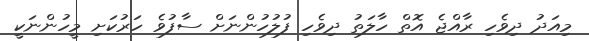
މިއަދު ދިވެހި ރާއްޖެ އޮތް ހާލަތު ދިވެހި ފުލުހުންނަށް ސާފުވެ ހަރުކަށި މީހުންނަކީ